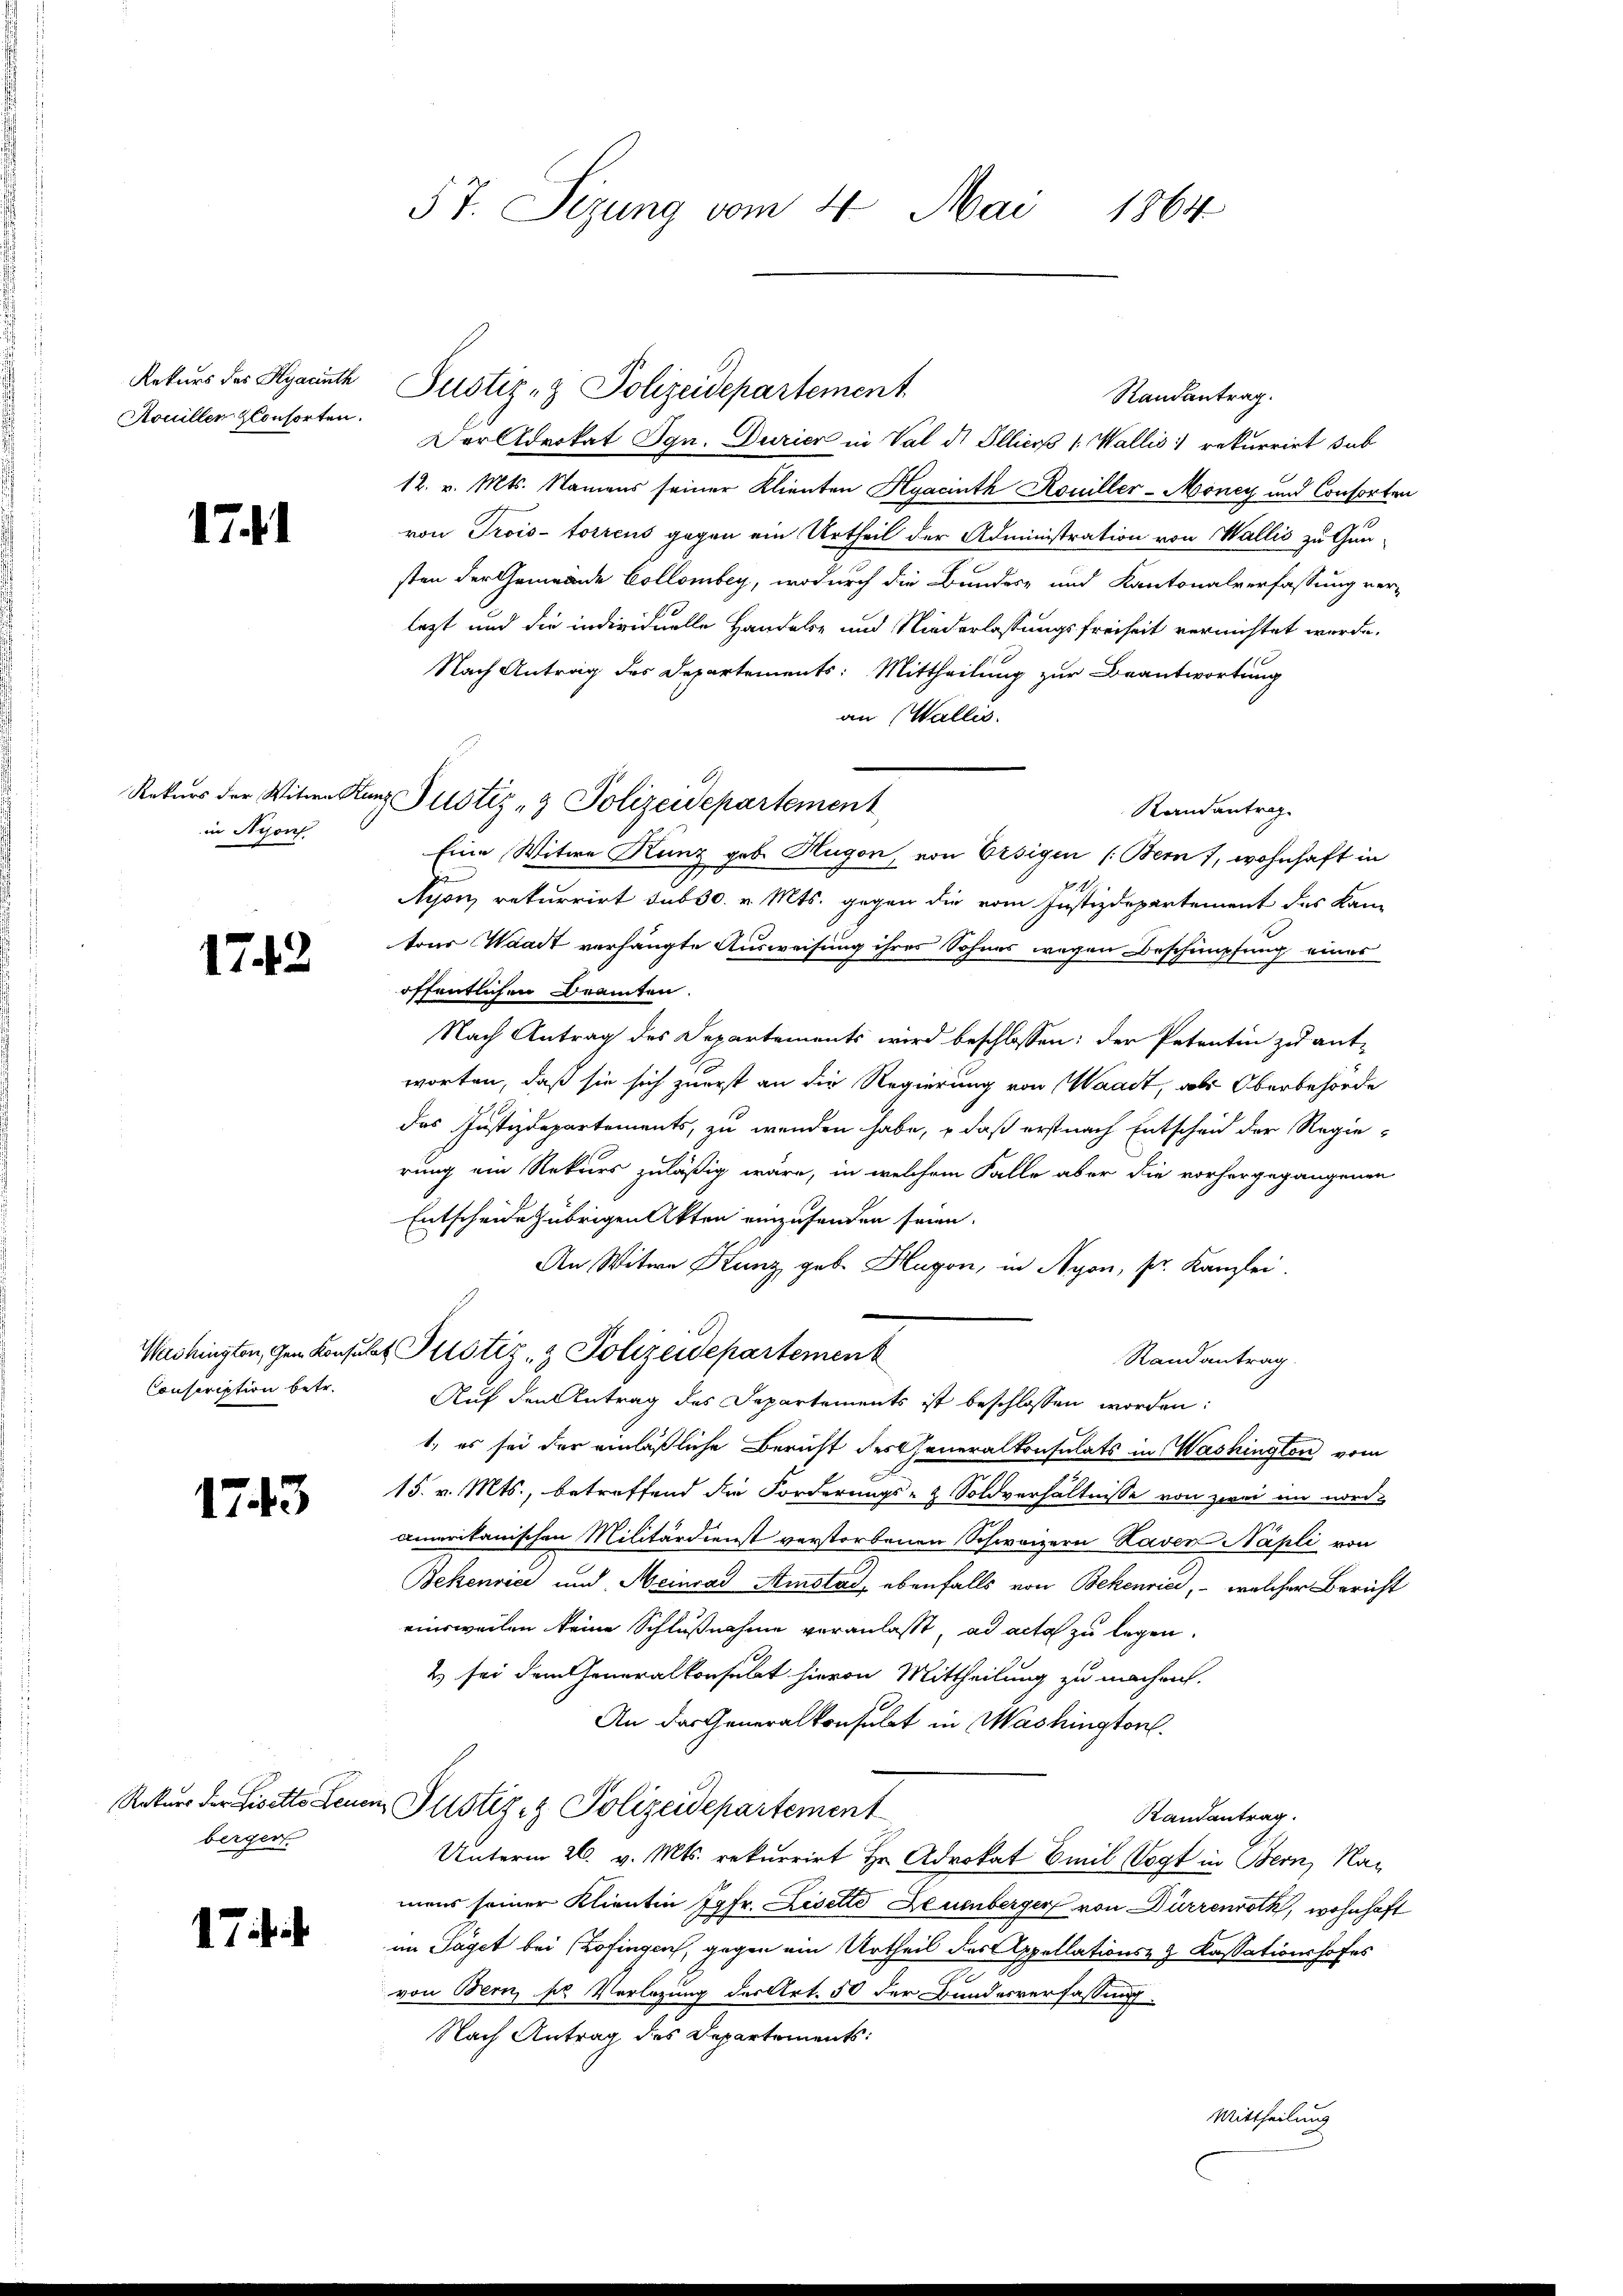
Rekurs des Kyacinth
Kouillen Konsorten.

1741

in Nyon

1742

Conscription betr.

1743

berger

17 f.

57. Sizung vom 4. Mai 1864

Randantrag.
Der Advokat Ign. Durier in Val d. Ellico 1: Wallis rekurrirt sub
12. v. Mts. Namens seiner Klienten Hyacinth Kouiller-Money und Consorten
ron Trois-torrens gegen ein Urtheil der Administration von Wallis zu Gun-
sten der Gemeinde Collombey, wodurch die Bundes- und Kantonalverfassung ver-
letzt und die individuelle Handels- und Niederlassungsfreiheit vernichtet worde.
Nach Antrag des Departements: Mittheilung zur Beantwortung
an Wallis.
Randantrag
Eine Witwe Kunz geb. Hugon, von Ersigen (Bern), wohnhaft in
Nyon, rekurrirt sub 30. v. Mts. gegen die vom Justizdepartement des Kan
tour Waadt verhängte Ausweisung ihres Sohnes wegen Beschimpfung eines
öffentlichen Beamten.
Nach Antrag des Departements wird beschlossen: der Petentin zu ant-
worten, daß sie sich zuerst an die Regierung von Waadt, als Oberbehörde
das Justizdepartements, zu wenden habe, – daß erst nach Entscheid der Regie-
rung ein Rekurs zuläßig wäre, in welchem Falle aber die vorhergegangenen
Entscheide übrigen Akten einzusenden seien.
An Witwe Kunz geb. Blugon, in Nyon, pr. Kanzlei.
Washingten, gen Konsulat Justiz- & Polizeidepartement
Randantrag.
Auf den Antrag des Departements ist beschlossen worden:
1., es sei der einläßliche Bericht des Generalkonsulats in Washington vom
15. v. Mts., betreffend die Forderungs- & Soldverhältnisse von zwei im nord-
amerikanischen Militärdienst verstorbenen Schweizern Haver Napli von
Bekenrice und Heinrad Amstad, ebenfalls von Bekenrici, - welcher Bericht
einsweilen keine Schlußnahme veranlaßt, ad acta zu legen.
2 sei dem Generalkonsulat hievon Mittheilung zu machen.
An das Generalkonsulat in Washington
Rekurs der Lisette Leuen Justiz & Polizeidepartement
Randantrag.
Unterm 26. v. Mts. rekurrirt Hr. Advokat Emil Vogt in Bern, Namens seiner Klientin Jgfr. Liselte Leuenberger von Dürrenroth, wohnhaft
im Taget bei Zofingen, gegen ein Urtheil des Appellations- & Kassationshofes
von Bern, pr Vorlegung des Art. 50 der Bundesverfassung.
Nach Antrag des Departements:
Mittheilung

Justiz- & Polizeidepartement.

Rekurs der Witwe Kanz. Justiz & Polizeidepartement